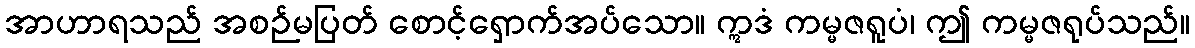
အာဟာရသည် အစဉ်မပြတ် စောင့်ရှောက်အပ်သော။ ဣဒံ ကမ္မဇရူပံ၊ ဤ ကမ္မဇရုပ်သည်။